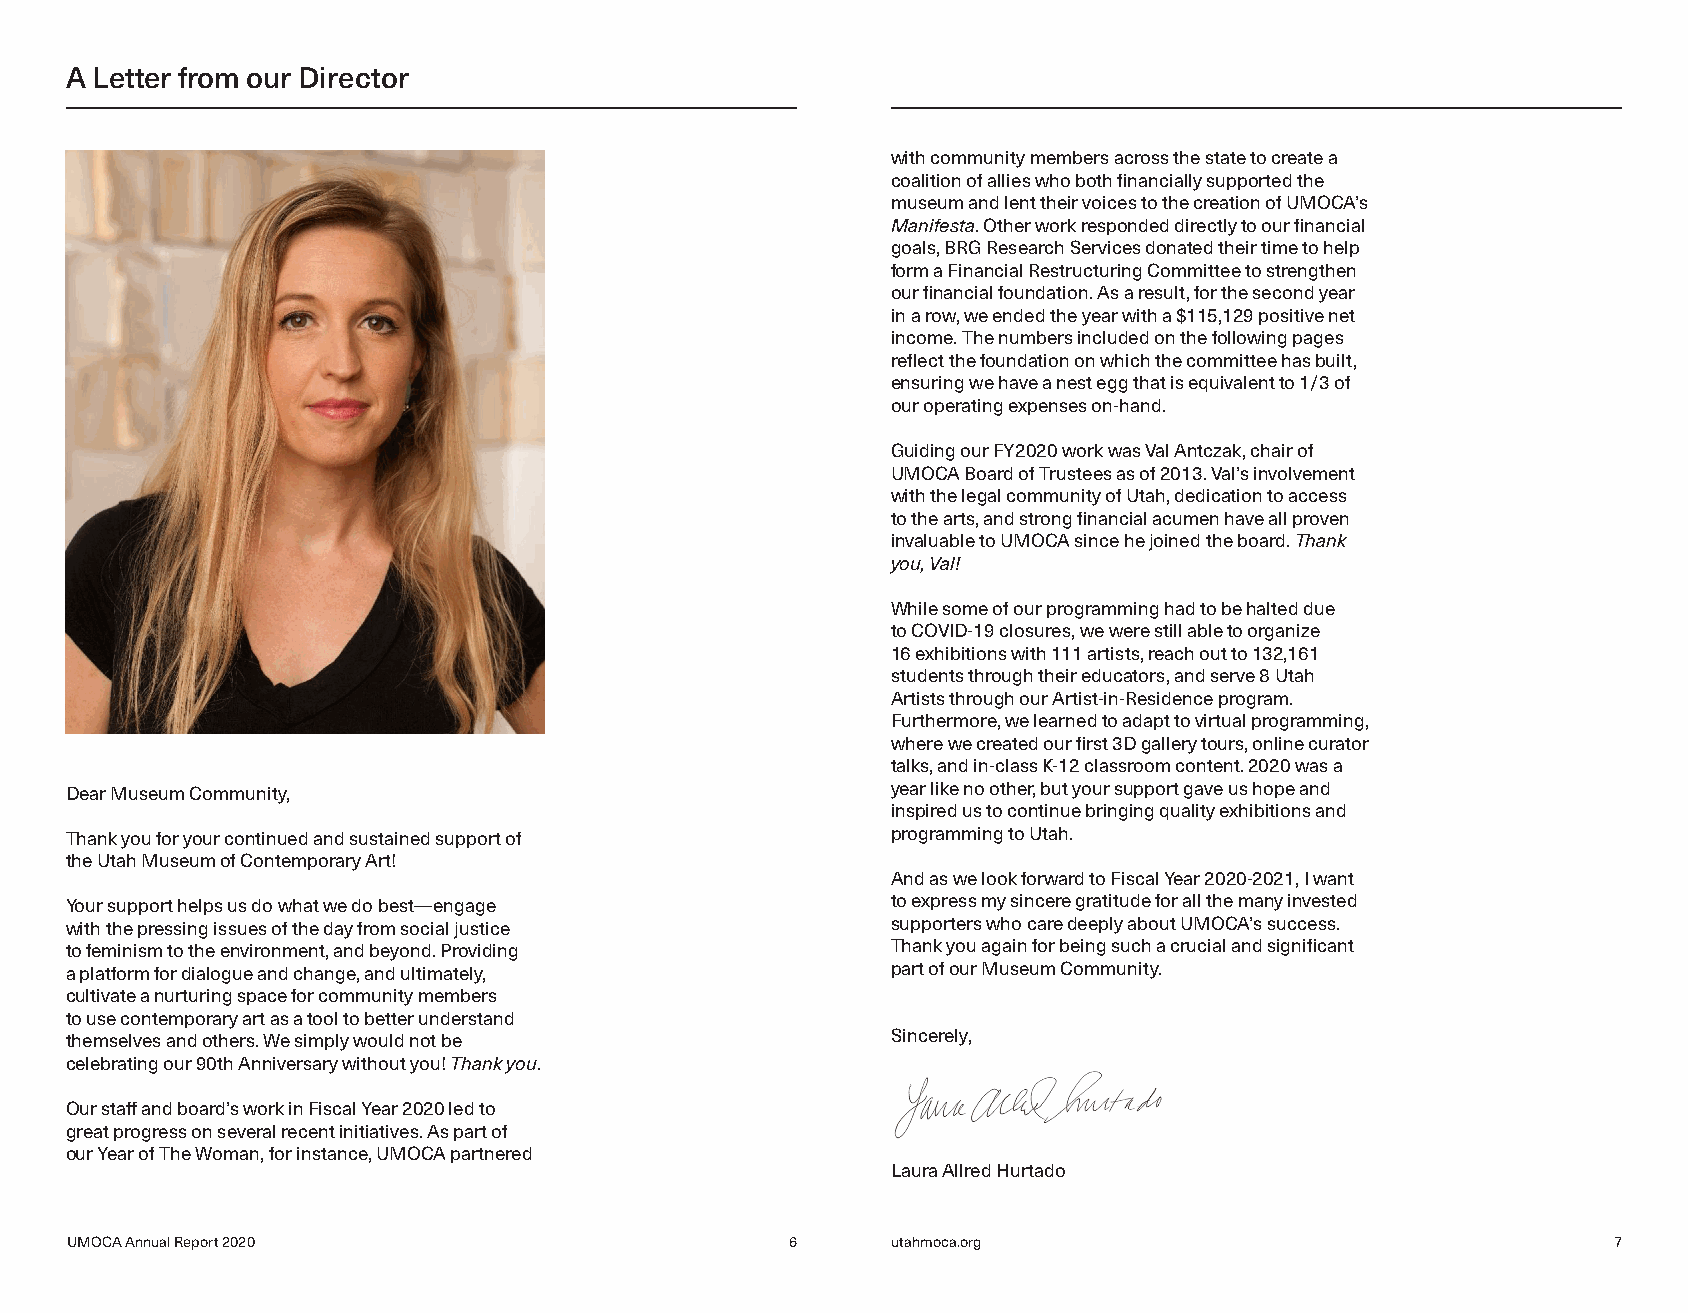
A Letter from our Director
 with community members across the state to create a
 coalition of allies who both financially supported the
 museum and lent their voices to the creation of UMOCA’s
 Manifesta. Other work responded directly to our financial
 goals, BRG Research Services donated their time to help
 form a Financial Restructuring Committee to strengthen
 our financial foundation. As a result, for the second year
 in a row, we ended the year with a $115,129 positive net
 income. The numbers included on the following pages
 reflect the foundation on which the committee has built,
 ensuring we have a nest egg that is equivalent to 1/3 of
 our operating expenses on-hand.
 Guiding our FY2020 work was Val Antczak, chair of
 UMOCA Board of Trustees as of 2013. Val’s involvement
 with the legal community of Utah, dedication to access
 to the arts, and strong financial acumen have all proven
 invaluable to UMOCA since he joined the board. Thank
 you, Val!
 While some of our programming had to be halted due
 to COVID-19 closures, we were still able to organize
 16 exhibitions with 111 artists, reach out to 132,161
 students through their educators, and serve 8 Utah
 Artists through our Artist-in-Residence program.
 Furthermore, we learned to adapt to virtual programming,
 where we created our first 3D gallery tours, online curator
 talks, and in-class K-12 classroom content. 2020 was a
 Dear Museum Community,                                 year like no other, but your support gave us hope and
 inspired us to continue bringing quality exhibitions and
 Thank you for your continued and sustained support of  programming to Utah.
 the Utah Museum of Contemporary Art!
 And as we look forward to Fiscal Year 2020-2021, I want
 Your support helps us do what we do best—engage        to express my sincere gratitude for all the many invested
 with the pressing issues of the day from social justice supporters who care deeply about UMOCA’s success.
 to feminism to the environment, and beyond. Providing  Thank you again for being such a crucial and significant
 a platform for dialogue and change, and ultimately,    part of our Museum Community.
 cultivate a nurturing space for community members
 to use contemporary art as a tool to better understand
 themselves and others. We simply would not be          Sincerely,
 celebrating our 90th Anniversary without you! Thank you.
 Our staff and board’s work in Fiscal Year 2020 led to
 great progress on several recent initiatives. As part of
 our Year of The Woman, for instance, UMOCA partnered
 Laura Allred Hurtado
 UMOCA Annual Report 2020                        6      utahmoca.org                                    7